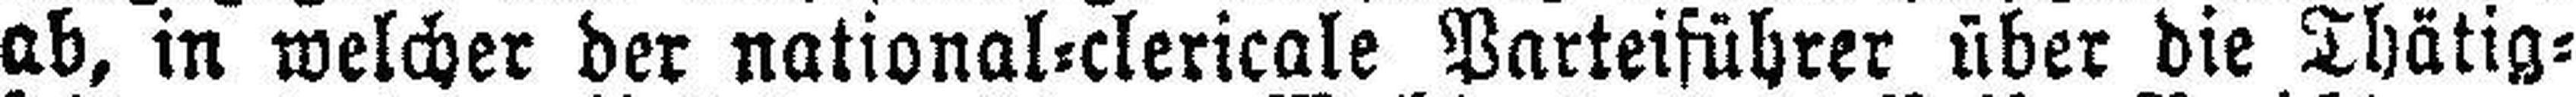
ab, in welcher der national=clericale Parteiführer über die Thätig¬